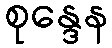
စုန္ဒေန